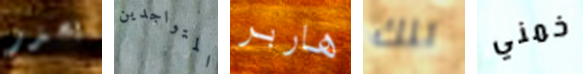
يحذر المتواجدين هاربر تلك خمني